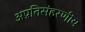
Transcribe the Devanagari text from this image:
अप्रतिसंहरणीय